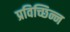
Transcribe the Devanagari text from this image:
प्रविच्छिन्न